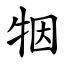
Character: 㸶